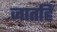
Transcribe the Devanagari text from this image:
जातहिं